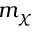
m _ { \chi }